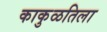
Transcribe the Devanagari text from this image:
काकुळतिला